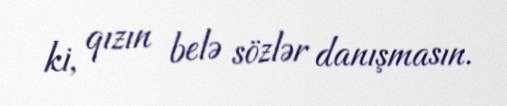
ki, qızın belə sözlər danışmasın.